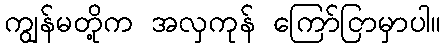
ကျွန်မတို့က အလှကုန် ကြော်ငြာမှာပါ။